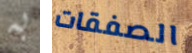
به الصفقات